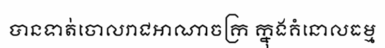
បានទាត់ចោលរាជអាណាចក្រ ក្នុងគំនោលធម្ម